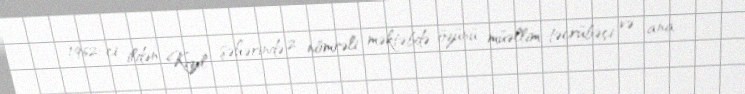
1962-ci ildən Kızıl şəhərində 2 nömrəli məktəbdə özünü müəllim-təcrübəçi və ana